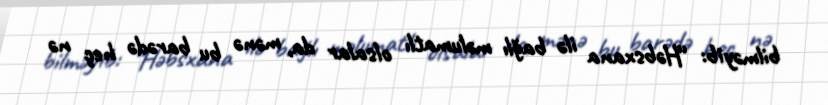
bilməyib: “Həbsxana ilə bağlı məlumatlı olsalar da, mənə bu barədə heç nə